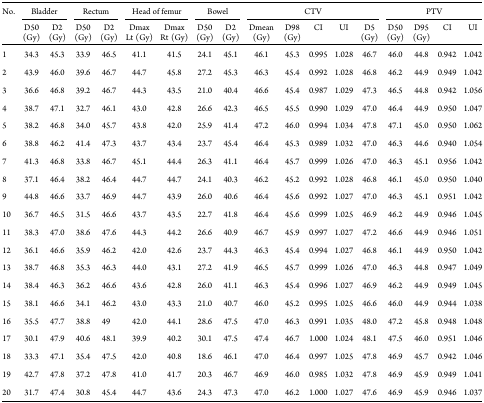
<table><thead><tr><td rowspan="2"><b>No.</b></td><td colspan="2"><b>Bladder</b></td><td colspan="2"><b>Rectum</b></td><td colspan="2"><b>Head of femur</b></td><td colspan="2"><b>Bowel</b></td><td colspan="5"><b>CTV</b></td><td colspan="4"><b>PTV</b></td></tr><tr><td><b>D50 (Gy)</b></td><td><b>D2 (Gy)</b></td><td><b>D50 (Gy)</b></td><td><b>D2 (Gy)</b></td><td><b>Dmax Lt (Gy)</b></td><td><b>Dmax Rt (Gy)</b></td><td><b>D50 (Gy)</b></td><td><b>D2 (Gy)</b></td><td><b>Dmean (Gy)</b></td><td><b>D98 (Gy)</b></td><td><b>CI</b></td><td><b>UI</b></td><td><b>D5 (Gy)</b></td><td><b>D50 (Gy)</b></td><td><b>D95 (Gy)</b></td><td><b>CI</b></td><td><b>UI</b></td></tr></thead><tbody><tr><td>1</td><td>34.3</td><td>45.3</td><td>33.9</td><td>46.5</td><td>41.1</td><td>41.5</td><td>24.1</td><td>45.1</td><td>46.1</td><td>45.3</td><td>0.995</td><td>1.028</td><td>46.7</td><td>46.0</td><td>44.8</td><td>0.942</td><td>1.042</td></tr><tr><td>2</td><td>43.9</td><td>46.0</td><td>39.6</td><td>46.7</td><td>44.7</td><td>45.8</td><td>27.2</td><td>45.3</td><td>46.3</td><td>45.4</td><td>0.992</td><td>1.028</td><td>46.8</td><td>46.2</td><td>44.9</td><td>0.949</td><td>1.042</td></tr><tr><td>3</td><td>36.6</td><td>46.8</td><td>39.2</td><td>46.7</td><td>44.3</td><td>43.5</td><td>21.0</td><td>40.4</td><td>46.6</td><td>45.4</td><td>0.987</td><td>1.029</td><td>47.3</td><td>46.5</td><td>44.8</td><td>0.942</td><td>1.056</td></tr><tr><td>4</td><td>38.7</td><td>47.1</td><td>32.7</td><td>46.1</td><td>43.0</td><td>42.8</td><td>26.6</td><td>42.3</td><td>46.5</td><td>45.5</td><td>0.990</td><td>1.029</td><td>47.0</td><td>46.4</td><td>44.9</td><td>0.950</td><td>1.047</td></tr><tr><td>5</td><td>38.2</td><td>46.8</td><td>34.0</td><td>45.7</td><td>43.8</td><td>42.0</td><td>25.9</td><td>41.4</td><td>47.2</td><td>46.0</td><td>0.994</td><td>1.034</td><td>47.8</td><td>47.1</td><td>45.0</td><td>0.950</td><td>1.062</td></tr><tr><td>6</td><td>38.8</td><td>46.2</td><td>41.4</td><td>47.3</td><td>43.7</td><td>43.4</td><td>23.7</td><td>45.4</td><td>46.4</td><td>45.3</td><td>0.989</td><td>1.032</td><td>47.0</td><td>46.3</td><td>44.6</td><td>0.940</td><td>1.054</td></tr><tr><td>7</td><td>41.3</td><td>46.8</td><td>33.8</td><td>46.7</td><td>45.1</td><td>44.4</td><td>26.3</td><td>41.1</td><td>46.4</td><td>45.7</td><td>0.999</td><td>1.026</td><td>47.0</td><td>46.3</td><td>45.1</td><td>0.956</td><td>1.042</td></tr><tr><td>8</td><td>37.1</td><td>46.4</td><td>38.2</td><td>46.4</td><td>44.7</td><td>44.7</td><td>24.1</td><td>40.3</td><td>46.2</td><td>45.2</td><td>0.992</td><td>1.028</td><td>46.8</td><td>46.1</td><td>45.0</td><td>0.950</td><td>1.040</td></tr><tr><td>9</td><td>44.8</td><td>46.6</td><td>33.7</td><td>46.9</td><td>44.7</td><td>43.9</td><td>26.0</td><td>40.6</td><td>46.4</td><td>45.6</td><td>0.992</td><td>1.027</td><td>47.0</td><td>46.3</td><td>45.1</td><td>0.951</td><td>1.042</td></tr><tr><td>10</td><td>36.7</td><td>46.5</td><td>31.5</td><td>46.6</td><td>43.7</td><td>43.5</td><td>22.7</td><td>41.8</td><td>46.4</td><td>45.6</td><td>0.999</td><td>1.025</td><td>46.9</td><td>46.2</td><td>44.9</td><td>0.946</td><td>1.045</td></tr><tr><td>11</td><td>38.3</td><td>47.0</td><td>38.6</td><td>47.6</td><td>44.3</td><td>44.2</td><td>26.6</td><td>40.9</td><td>46.7</td><td>45.9</td><td>0.997</td><td>1.027</td><td>47.2</td><td>46.6</td><td>44.9</td><td>0.946</td><td>1.051</td></tr><tr><td>12</td><td>36.1</td><td>46.6</td><td>35.9</td><td>46.2</td><td>42.0</td><td>42.6</td><td>23.7</td><td>44.3</td><td>46.3</td><td>45.4</td><td>0.994</td><td>1.027</td><td>46.8</td><td>46.1</td><td>44.9</td><td>0.950</td><td>1.042</td></tr><tr><td>13</td><td>38.7</td><td>46.8</td><td>35.3</td><td>46.3</td><td>44.0</td><td>43.1</td><td>27.2</td><td>41.9</td><td>46.5</td><td>45.7</td><td>0.999</td><td>1.026</td><td>47.0</td><td>46.3</td><td>44.8</td><td>0.947</td><td>1.049</td></tr><tr><td>14</td><td>38.4</td><td>46.3</td><td>36.2</td><td>46.6</td><td>43.6</td><td>42.8</td><td>26.0</td><td>41.1</td><td>46.3</td><td>45.4</td><td>0.996</td><td>1.027</td><td>46.9</td><td>46.2</td><td>44.9</td><td>0.949</td><td>1.045</td></tr><tr><td>15</td><td>38.1</td><td>46.6</td><td>34.1</td><td>46.2</td><td>43.0</td><td>43.3</td><td>21.0</td><td>40.7</td><td>46.0</td><td>45.2</td><td>0.995</td><td>1.025</td><td>46.6</td><td>46.0</td><td>44.9</td><td>0.944</td><td>1.038</td></tr><tr><td>16</td><td>35.5</td><td>47.7</td><td>38.8</td><td>49</td><td>42.0</td><td>44.1</td><td>28.6</td><td>47.5</td><td>47.0</td><td>46.3</td><td>0.991</td><td>1.035</td><td>48.0</td><td>47.2</td><td>45.8</td><td>0.948</td><td>1.048</td></tr><tr><td>17</td><td>30.1</td><td>47.9</td><td>40.6</td><td>48.1</td><td>39.9</td><td>40.2</td><td>30.1</td><td>47.5</td><td>47.4</td><td>46.7</td><td>1.000</td><td>1.024</td><td>48.1</td><td>47.5</td><td>46.0</td><td>0.951</td><td>1.046</td></tr><tr><td>18</td><td>33.3</td><td>47.1</td><td>35.4</td><td>47.5</td><td>42.0</td><td>40.8</td><td>18.6</td><td>46.1</td><td>47.0</td><td>46.4</td><td>0.997</td><td>1.025</td><td>47.8</td><td>46.9</td><td>45.7</td><td>0.942</td><td>1.046</td></tr><tr><td>19</td><td>42.7</td><td>47.8</td><td>37.2</td><td>47.8</td><td>41.0</td><td>41.7</td><td>20.3</td><td>46.7</td><td>46.9</td><td>46.0</td><td>0.985</td><td>1.032</td><td>47.8</td><td>46.9</td><td>45.9</td><td>0.949</td><td>1.041</td></tr><tr><td>20</td><td>31.7</td><td>47.4</td><td>30.8</td><td>45.4</td><td>44.7</td><td>43.6</td><td>24.3</td><td>47.3</td><td>47.0</td><td>46.2</td><td>1.000</td><td>1.027</td><td>47.6</td><td>46.9</td><td>45.9</td><td>0.946</td><td>1.037</td></tr></tbody></table>